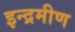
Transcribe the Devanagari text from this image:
इन्द्रमीण